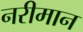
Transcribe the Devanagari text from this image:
नरीमान